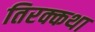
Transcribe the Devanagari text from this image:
तिरक्कथा